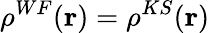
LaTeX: \rho^{WF}(\mathbf{r})=\rho^{KS}(\mathbf{r})